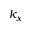
k _ { x }